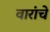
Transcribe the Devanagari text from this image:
वारांचे